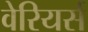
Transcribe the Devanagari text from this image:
वेरियर्स